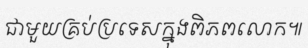
ជាមួយគ្រប់ប្រទេសក្នុងពិភពលោក៕